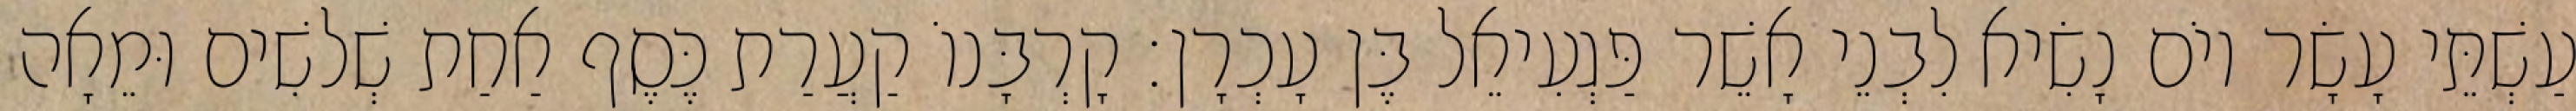
עַשְׁתֵּי עָשָׂר יוֹם נָשִׂיא לִבְנֵי אָשֵׁר פַּגְעִיאֵל בֶּן עָכְרָן׃ קָרְבָּנוֹ קַעֲרַת כֶּסֶף אַחַת שְׁלשִׁים וּמֵאָה